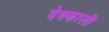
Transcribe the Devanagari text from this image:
वेक्काली